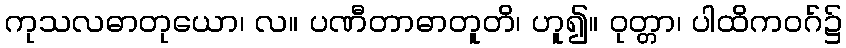
ကုသလဓာတုယော၊ လ။ ပဏီတာဓာတူတိ၊ ဟူ၍။ ဝုတ္တာ၊ ပါထိကဝဂ်၌